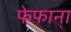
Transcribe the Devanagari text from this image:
फेफाना